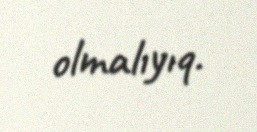
olmalıyıq.